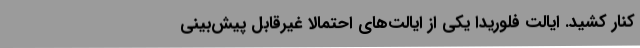
کنار کشید. ایالت فلوریدا یکی از ایالت‌های احتمالا غیرقابل پیش‌بینی